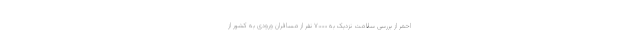
احمر از بررسی سلامت نزدیک به ۷۰۰۰ نفر از مسافران ورودی به کشور از